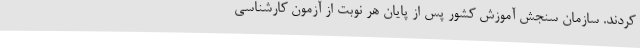
کردند. سازمان سنجش آموزش کشور پس از پایان هر نوبت از آزمون کارشناسی